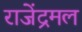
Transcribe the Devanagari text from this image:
राजेंद्रमल